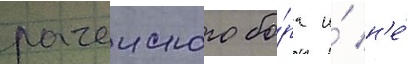
рачеиского бо́ра и́ н'е́